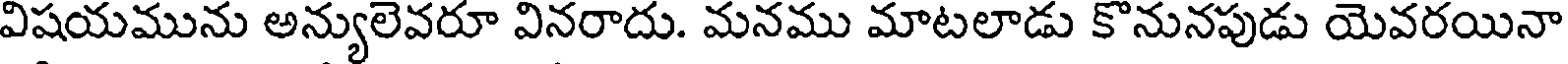
విషయమును అన్యులెవరూ వినరాదు. మనము మాటలాడు కొనునపుడు యెవరయినా